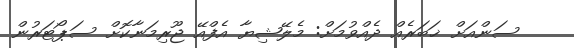
ސަންއަށް ޚަބަރެއް ދެއްވުމަށް: މެލޭޝިޔާ އެފްއޭ ޖޫރިމަނާކޮށް ސަޕޯޓަރުން